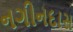
નગીનદાસ